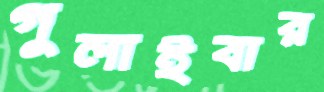
গুলাইবার